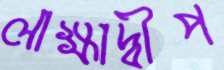
লাক্ষাদ্বীপ